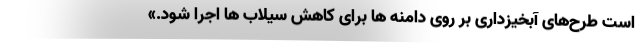
است طرح‌های آبخیزداری بر روی دامنه ها برای کاهش سیلاب ها اجرا شود.»